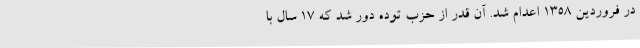
در فروردین 1358 اعدام شد. آن قدر از حزب توده دور شد که 17 سال با